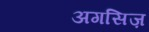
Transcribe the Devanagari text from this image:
अगसिज़